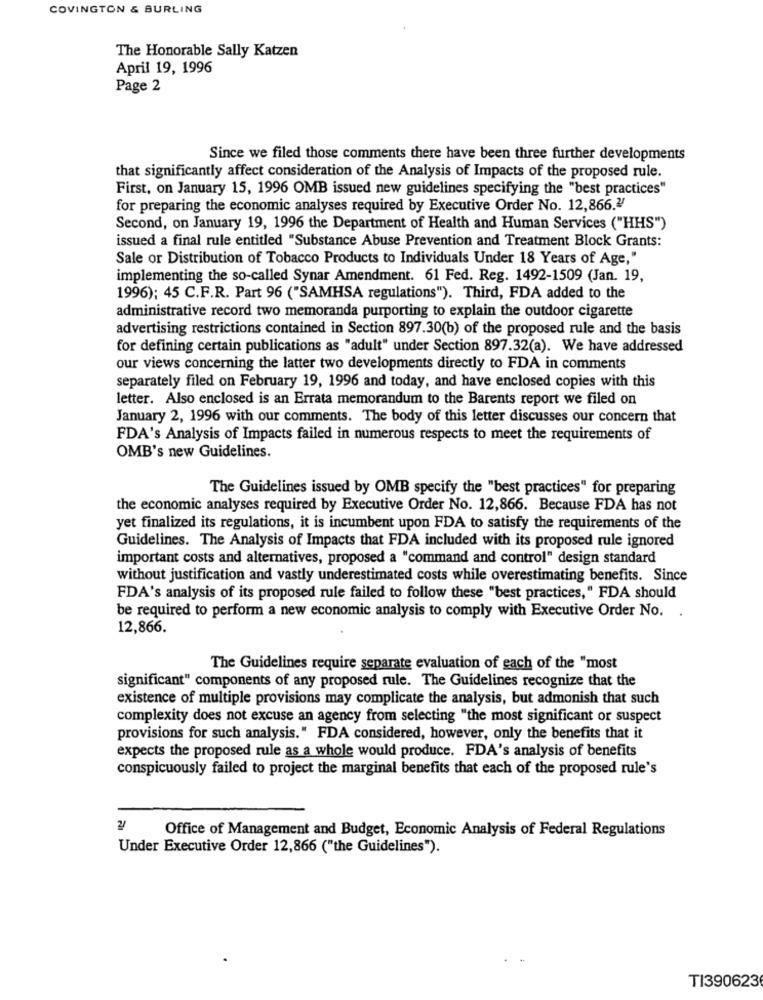
COVINGTON & BURLING
The Honorable Sally Katzen
April 19, 1996
Page 2
Since we filed those comments there have been three further developments
that significantly affect consideration of the Analysis of Impacts of the proposed rule.
First, on January 15, 1996 OMB issued new guidelines specifying the "best practices"
for preparing the economic analyses required by Executive Order No. 12,866."
Second, on January 19, 1996 the Department of Health and Human Services ("HHS")
issued a final rule entitled "Substance Abuse Prevention and Treatment Block Grants:
Sale or Distribution of Tobacco Products to Individuals Under 18 Years of Age,"
implementing the so-called Synar Amendment. 61 Fed. Reg. 1492-1509 (Jan. 19,
1996); 45 C.F.R. Part 96 ("SAMHSA regulations"). Third, FDA added to the
administrative record two memoranda purporting to explain the outdoor cigarette
advertising restrictions contained in Section 897.30(b) of the proposed rule and the basis
for defining certain publications as "adult" under Section 897.32(a). We have addressed
our views concerning the latter two developments directly to FDA in comments
separately filed on February 19, 1996 and today, and have enclosed copies with this
letter. Also enclosed is an Errata memorandum to the Barents report we filed on
January 2, 1996 with our comments. The body of this letter discusses our concern that
FDA's Analysis of Impacts failed in numerous respects to meet the requirements of
OMB's new Guidelines.
The Guidelines issued by OMB specify the "best practices" for preparing
the economic analyses required by Executive Order No. 12,866. Because FDA has not
yet finalized its regulations, it is incumbent upon FDA to satisfy the requirements of the
Guidelines. The Analysis of Impacts that FDA included with its proposed rule ignored
important costs and alternatives, proposed a "command and control" design standard
without justification and vastly underestimated costs while overestimating benefits. Since
FDA's analysis of its proposed rule failed to follow these "best practices," FDA should
be required to perform a new economic analysis to comply with Executive Order No.
12,866.
The Guidelines require separate evaluation of each of the "most
significant" components of any proposed rule. The Guidelines recognize that the
existence of multiple provisions may complicate the analysis, but admonish that such
complexity does not excuse an agency from selecting "the most significant or suspect
provisions for such analysis." FDA considered, however, only the benefits that it
expects the proposed rule as a whole would produce. FDA's analysis of benefits
conspicuously failed to project the marginal benefits that each of the proposed rule's
2/
Office of Management and Budget, Economic Analysis of Federal Regulations
Under Executive Order 12,866 ("the Guidelines").
TI390623